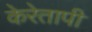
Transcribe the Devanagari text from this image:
केरेतापी